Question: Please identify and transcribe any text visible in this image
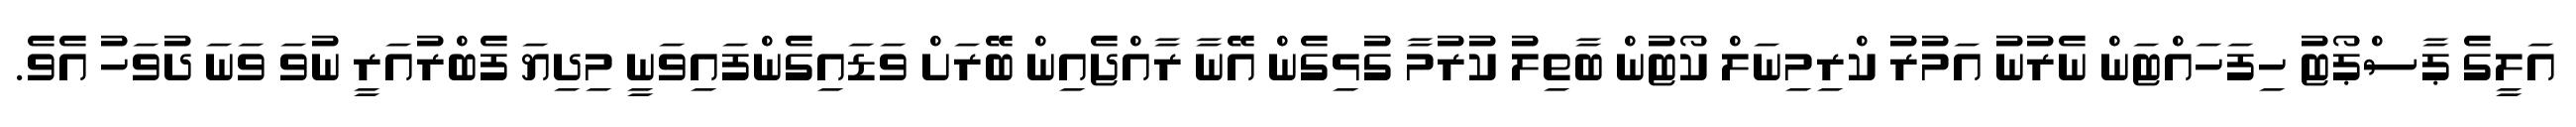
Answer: އަލީގެ ޕާސްޕޯޓު ހިފަހައްޓަން ނެރުނު އަމުރު ކްރިމިނަލް ކޯޓުން ބާތިލު ކުރުމާ ގުޅިގެން އޭނާ ރާއްޖެއިން ބޭރަށް ވަޑައިގެންފައިވަނީ މިދިޔަ ފެބްރުއަރީ ނުވަ ވަނަ ދުވަހު އެވެ.